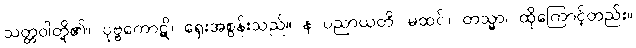
သတ္တဝါတို့၏။ ပုဗ္ဗကောဋိ၊ ရှေးအစွန်းသည်။ န ပညာယတိ၊ မထင်။ တသ္မာ၊ ထိုကြောင့်တည်း။